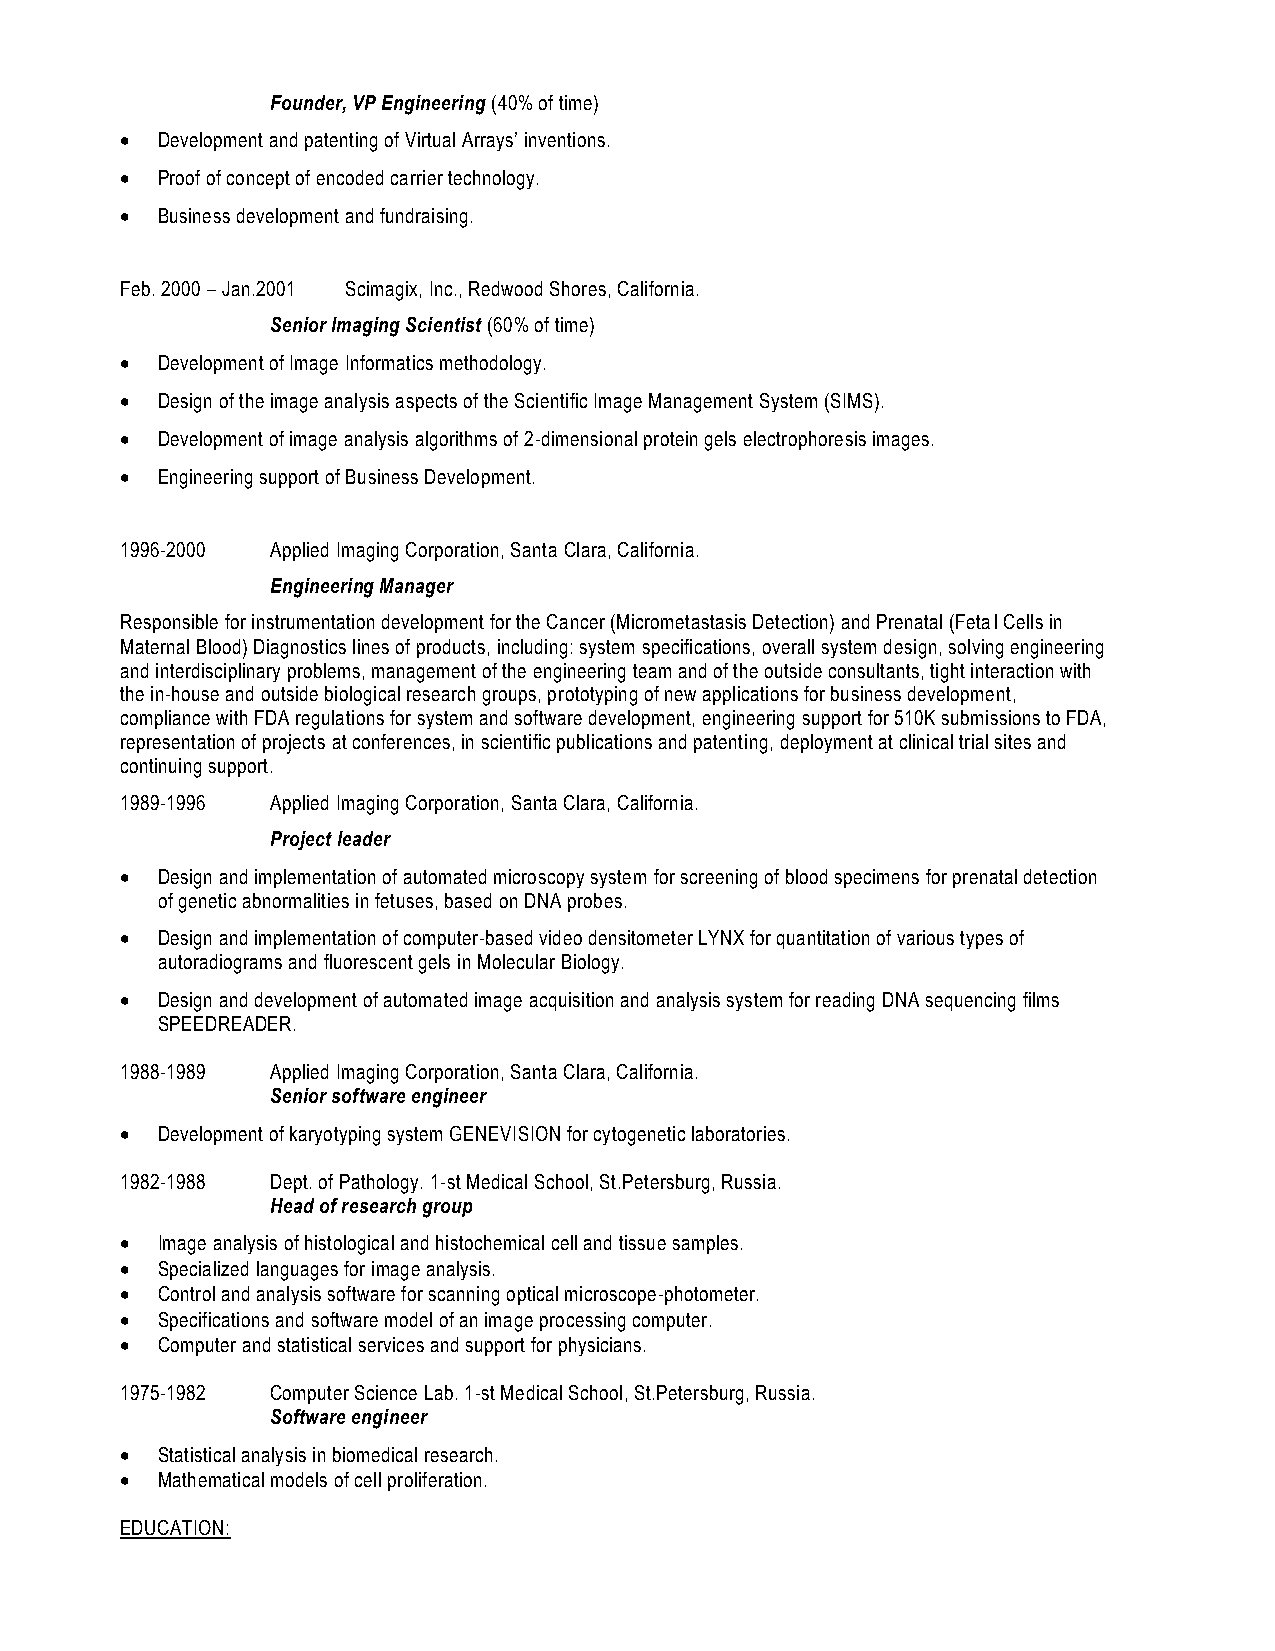
Founder, VP Engineering (40% of time)
 • Development and patenting of Virtual Arrays’ inventions.
 • Proof of concept of encoded carrier technology.
 • Business development and fundraising.
 Feb. 2000 – Jan.2001 Scimagix, Inc., Redwood Shores, California.
 Senior Imaging Scientist (60% of time)
 • Development of Image Informatics methodology.
 • Design of the image analysis aspects of the Scientific Image Management System (SIMS).
 • Development of image analysis algorithms of 2-dimensional protein gels electrophoresis images.
 • Engineering support of Business Development.
 1996-2000 Applied Imaging Corporation, Santa Clara, California.
 Engineering Manager
 Responsible for instrumentation development for the Cancer (Micrometastasis Detection) and Prenatal (Fetal Cells in
 Maternal Blood) Diagnostics lines of products, including: system specifications, overall system design, solving engineering
 and interdisciplinary problems, management of the engineering team and of the outside consultants, tight interaction with
 the in-house and outside biological research groups, prototyping of new applications for business development,
 compliance with FDA regulations for system and software development, engineering support for 510K submissions to FDA,
 representation of projects at conferences, in scientific publications and patenting, deployment at clinical trial sites and
 continuing support.
 1989-1996 Applied Imaging Corporation, Santa Clara, California.
 Project leader
 • Design and implementation of automated microscopy system for screening of blood specimens for prenatal detection
 of genetic abnormalities in fetuses, based on DNA probes.
 • Design and implementation of computer-based video densitometer LYNX for quantitation of various types of
 autoradiograms and fluorescent gels in Molecular Biology.
 • Design and development of automated image acquisition and analysis system for reading DNA sequencing films
 SPEEDREADER.
 1988-1989 Applied Imaging Corporation, Santa Clara, California.
 Senior software engineer
 • Development of karyotyping system GENEVISION for cytogenetic laboratories.
 1982-1988 Dept. of Pathology. 1-st Medical School, St.Petersburg, Russia.
 Head of research group
 • Image analysis of histological and histochemical cell and tissue samples.
 • Specialized languages for image analysis.
 • Control and analysis software for scanning optical microscope-photometer.
 • Specifications and software model of an image processing computer.
 • Computer and statistical services and support for physicians.
 1975-1982 Computer Science Lab. 1-st Medical School, St.Petersburg, Russia.
 Software engineer
 • Statistical analysis in biomedical research.
 • Mathematical models of cell proliferation.
 EDUCATION: